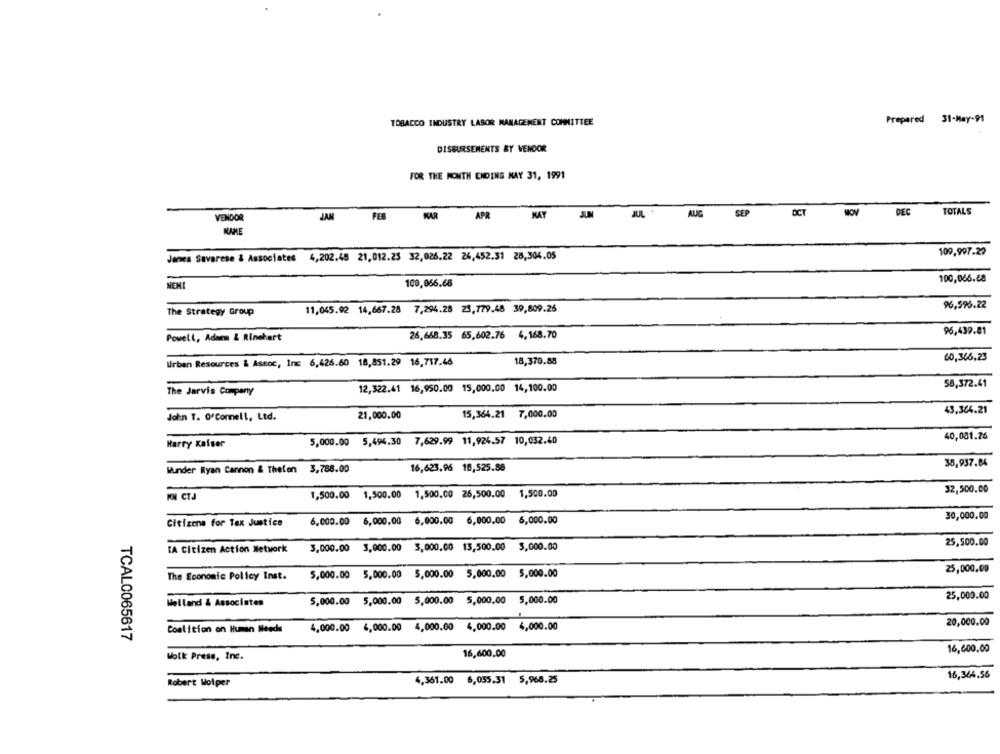
Prepared 31-May-91
TOBACCO INDUSTRY LABOR MANAGEMENT COMMITTEE
DISBURSEMENTS &Y VENDOR
FOR THE MONTH ENDING MAY 31, 1991
SEP
OCT
DEC
TOTALS
VENDOR
JAN
FEB
KAR
APR
MAY
JUL
AUG
NAME
James Savarese & Associates 4,202.45 21,012.25 32,026.22 24,452.31 28,304.05
109,997.29
100,066.68
NENI
100,066.68
11,045.92 14,667.28 7,294.28 23,779.48 39,809.26
96,596.22
The Strategy Group
96,439.81
Powell, Aders & Rinehart
26,668.35 65,602.76 4,168.70
Urban Resources & Assoc, Inc 6,426.60 18,851.29 16,717.46
18,370.85
60,346,23
58,372.41
The Jarvis Company
12,322.41 16,950.00 15,000.00 14,100.00
15,364.21 7,000.00
43,304.21
John T. OfCommell, Ltd.
21,000.00
40,001.26
Harry Kaiser
5,000.00 5,494.30 7,629.99 11,924.57 10,032.40
16,623,96 18,525.88
35,937.84
Wunder Ryan Cannon & Thelen 3,788.00
32,500.00
KM CTJ
1,500.00 1,500,00 1,500.00 26,500.00
1,500.00
6,000.00 6,000.00 6,000.00 6,000.00
6,000.00
30,000.00
Citizene for Tex Justice
25,500.00
TA Citizen Action Network
3,000.00 3,000.00 3,000.00 13,500.00 5,000.00
5,000.00 5,000.00 5,000.00 5,000.00 5,000.00
25,000.00
The Economic Policy Inst.
25,000.00
Welland & Associates
5,000.00 5,000.00 5,000.00 5,000.00 5,000.00
4,000.00 4,000.00 4,000.00 4,000.00 4,000.00
20,000.00
Coalition on Human Needs
TCAL0065617
16,600,00
Wolk Press, Inc.
16,600.00
16,364.56
Robert Wolper
4,361.00 6,055.31 5,968.25